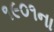
૧૯૦૧ના